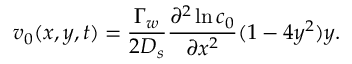
v _ { 0 } ( x , y , t ) = \frac { \Gamma _ { w } } { 2 D _ { s } } \frac { \partial ^ { 2 } \ln c _ { 0 } } { \partial x ^ { 2 } } ( 1 - 4 y ^ { 2 } ) y .